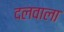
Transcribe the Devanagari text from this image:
दलवाला